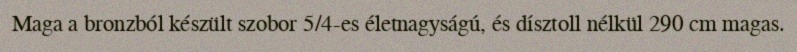
Maga a bronzból készült szobor 5/4-es életnagyságú, és dísztoll nélkül 290 cm magas.